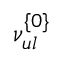
\nu _ { u l } ^ { \{ 0 \} }